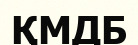
ҚМДБ